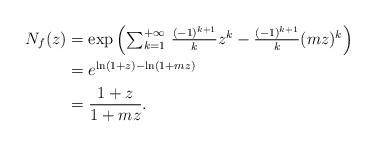
LaTeX: \begin{align*} N_f(z)&=\exp\left(\textstyle\sum_{k=1}^{+\infty} \, \frac{(-1)^{k+1}}{k}z^k - \frac{(-1)^{k+1}}{k}(mz)^k\right) \\ &= e^{\ln(1+z) - \ln(1+mz)} \\ &= \dfrac{1+z}{1+mz}. \end{align*}